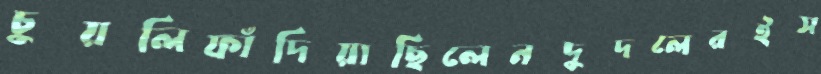
চুয়লিফাঁদিয়াছিলেনদুদলেরইস